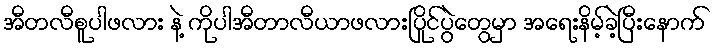
အီတလီစူပါဖလား နဲ့ ကိုပါအီတာလီယာဖလားပြိုင်ပွဲတွေမှာ အရေးနိမ့်ခဲ့ပြီးနောက်